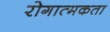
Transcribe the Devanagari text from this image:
रोगात्मकता